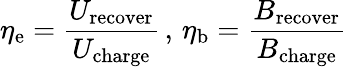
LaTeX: \eta_{\mathrm{e}}=\frac{U_{\mathrm{recover}}}{U_{\mathrm{charge}}}\, ,\, \eta_{\mathrm{b}}=\frac{B_{\mathrm{recover}}}{B_{\mathrm{charge}}}